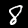
Label: 8